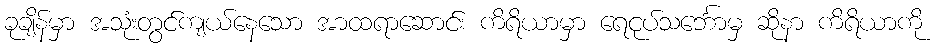
ခုချိန်မှာ အသုံးတွင်ကျယ်နေသော အာထရာဆောင်း ကိရိယာမှာ ရေငုပ်သင်္ဘောမှ ဆိုနာ ကိရိယာကို